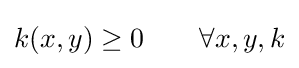
k(x,y)\geq 0\qquad \forall x,y,k